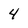
Character: 4